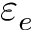
\varepsilon _ { e }